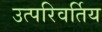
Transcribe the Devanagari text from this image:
उत्परिवर्तिय